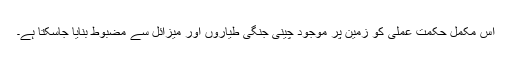
اس مکمل حکمت عملی کو زمین پر موجود چینی جنگی طیاروں اور میزائل سے مضبوط بنایا جاسکتا ہے۔